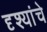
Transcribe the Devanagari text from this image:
दृश्यांचे